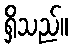
ရှိသည်။